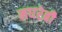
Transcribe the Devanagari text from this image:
मघरेबी